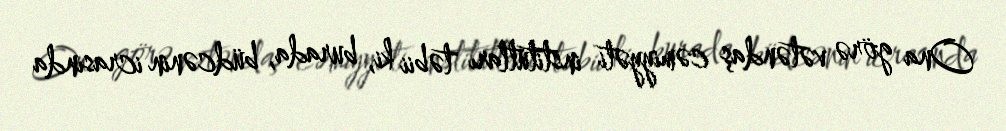
Ona görə vətəndaş cəmiyyəti institutları təbii ki, burada, büdcənin icrasında